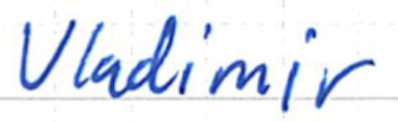
Text: Vladimir
Cross-out: clean
Writing tool: ballpoint